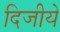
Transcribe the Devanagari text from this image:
दिजीये